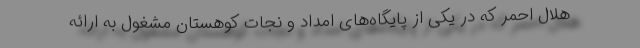
هلال احمر که در یکی از پایگاه‌های امداد و نجات کوهستان مشغول به ارائه